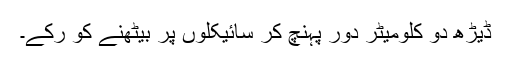
ڈیڑھ دو کلومیٹر دور پہنچ کر سائیکلوں پر بیٹھنے کو رکے۔